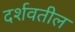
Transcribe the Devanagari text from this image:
दर्शवतील